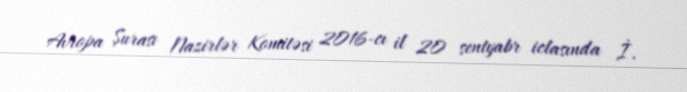
Avropa Şurası Nazirlər Komitəsi 2016-cı il 20 sentyabr iclasında İ.